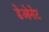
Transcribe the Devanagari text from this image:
डेओनोट